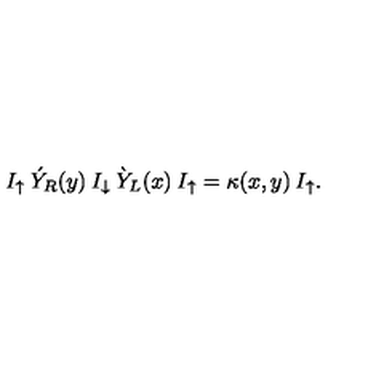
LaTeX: I _ { \uparrow } \: \acute { Y } _ { R } ( y ) \: I _ { \downarrow } \: \grave { Y } _ { L } ( x ) \: I _ { \uparrow } = \kappa ( x , y ) \: I _ { \uparrow } .